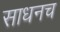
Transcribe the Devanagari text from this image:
साधनच